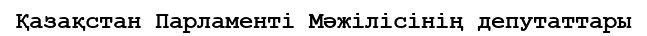
Қазақстан Парламенті Мәжiлiсінің депутаттары